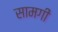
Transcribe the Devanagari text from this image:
सामगीं